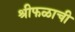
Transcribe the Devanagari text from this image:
श्रीफळाची